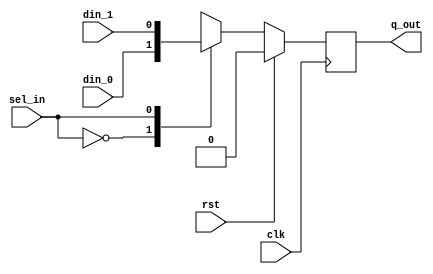
/********************************************************************************************
Copyright 2019 - Maven Silicon Softech Pvt Ltd. 
 
All Rights Reserved.

This source code is an unpublished work belongs to Maven Silicon Softech Pvt Ltd.

It is not to be shared with or used by any third parties who have not enrolled for our paid training 

courses or received any written authorization from Maven Silicon.


Webpage     :      www.maven-silicon.com

Filename    :	   dff.v   

Description :      Delay Flip-flop

Author Name :      Susmita Nayak

Version     :      1.0
*********************************************************************************************/
module dff (input din_0,din_1,sel_in,rst,clk,
	    output reg q_out);
							
   //Internal reg variable
   reg d;
		
   //Logic for selecting the data signal
   always @(*)
      begin
         case(sel_in)
	    0      : d = din_0;
	    1      : d = din_1;
	    default: d = 1'b0;
	 endcase
      end

   //Logic for delaying the data by 1 cycle
   always @(posedge clk)
      begin
         if(rst)       
	    q_out <= 1'b0;    
	 else
	    q_out <= d;         
      end 

endmodule